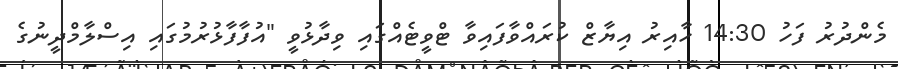
މެންދުރު ފަހު 14:30 ހާއިރު އިޔާޒް ކުރައްވާފައިވާ ޓްވީޓެއްގައި ވިދާޅުވީ "އުފާފާޅުރުމުގައި އިސްލާމްދީނުގެ